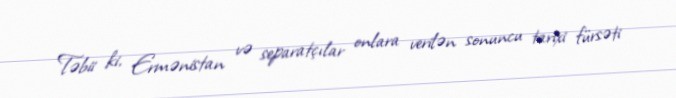
Təbii ki, Ermənistan və separatçılar onlara verilən sonuncu tarixi fürsəti